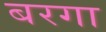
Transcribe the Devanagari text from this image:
बरगा